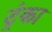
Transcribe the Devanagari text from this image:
ट्रंका